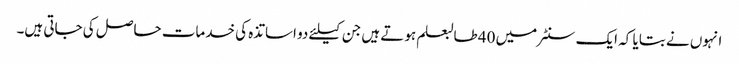
انہوں نے بتایا کہ ایک سنٹر میں 40 طالبعلم ہوتے ہیں جن کیلئے دو اساتذہ کی خدمات حاصل کی جاتی ہیں۔